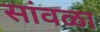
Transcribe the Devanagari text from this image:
सांवळा